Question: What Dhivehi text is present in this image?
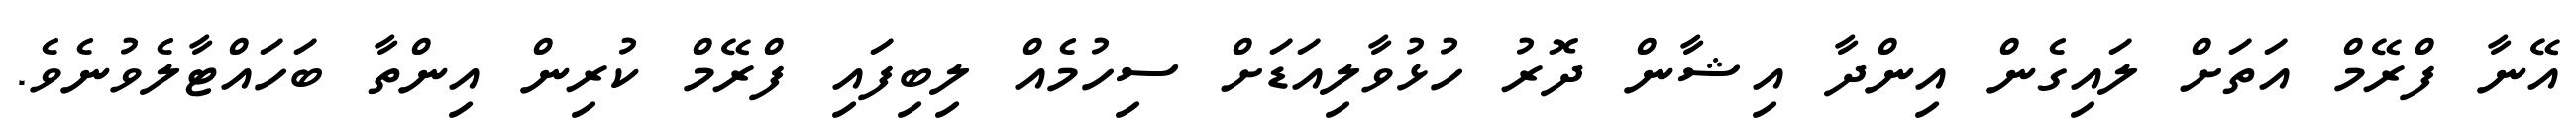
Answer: އޭނާ ފްރޭމް އަތަށް ލައިގެން އިންދާ އިޝާން ދޮރު ހުޅުވާލިއަޑަށް ސިހުމެއް ލިބިފައި ފްރޭމް ކުރިން އިންތާ ބަހައްޓާލެވުނެވެ.